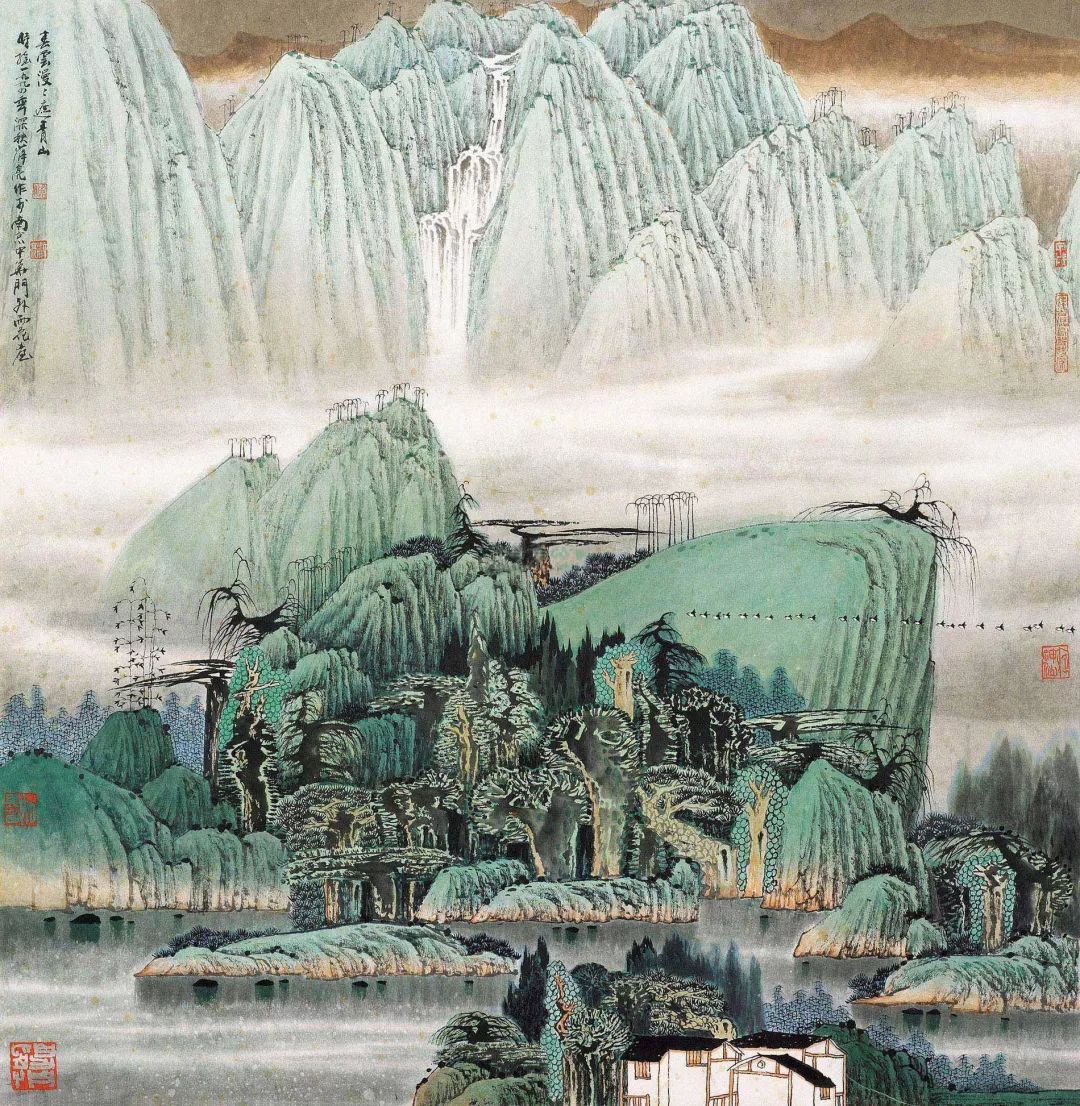
白头太守真愚甚，满插茱萸望辟邪。